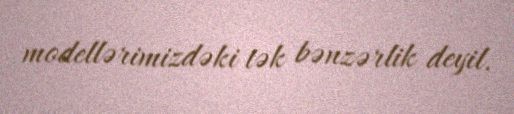
modellərimizdəki tək bənzərlik deyil.